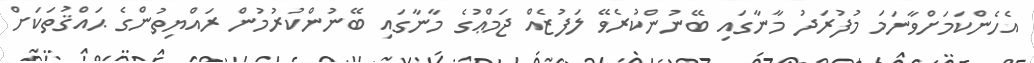
އެހެންކަމަށްވާނަމަ މުފުރަދު މާނާގައި ބޭނުންކުރެވޭ ލަފުޒެއް ޖަމްޢުގެ މާނާގައި ބޭނުންކުރުމުން ރައްޔިތުންގެ ޙައްްޤުތަކަށް